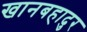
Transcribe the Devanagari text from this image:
खानबहादुर